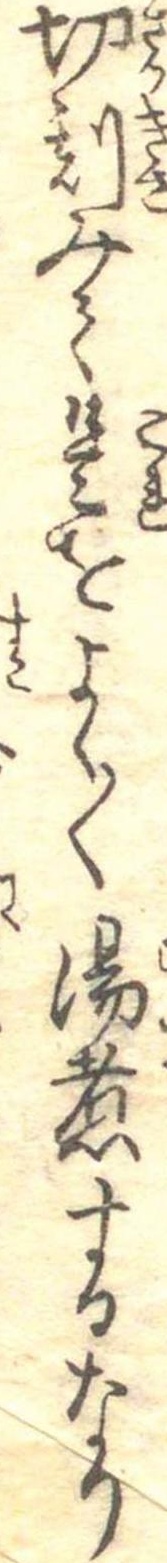
切刻みて是をよく〱湯煮するなり